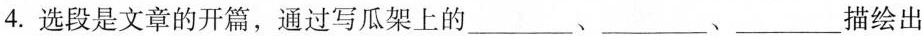
4.选段是文章的开篇，通过写瓜架上的 ___、___、___ 描绘出